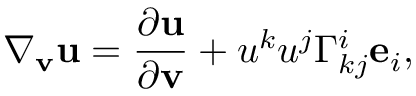
\nabla _ { \mathbf { v } } \mathbf { u } = \frac { \partial \mathbf { u } } { \partial \mathbf { v } } + u ^ { k } u ^ { j } \Gamma _ { k j } ^ { i } \mathbf { e } _ { i } ,